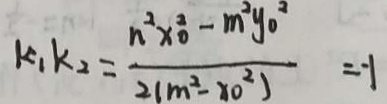
k _ { 1 } k _ { 2 } = \frac { n ^ { 2 } \times 0 ^ { 2 } - m ^ { 2 } y _ { 0 } ^ { 2 } } { 2 ( m ^ { 2 } - x _ { 0 } ^ { 2 } ) } = - 1